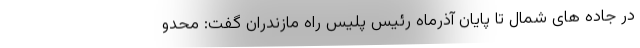
در جاده های شمال تا پایان آذرماه رئیس پلیس راه مازندران گفت: محدو